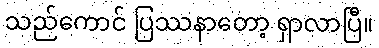
သည်ကောင် ပြဿနာတော့ ရှာလာပြီ။